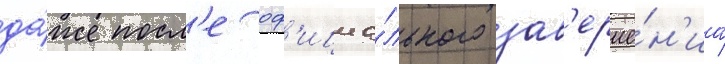
да́же посл'е оф'ициа́льного зав'ерше́н'иа